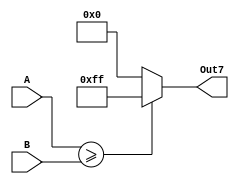
`timescale 1ns / 1ps

/*------------------------------------------------
 * Module:    Comparator
 -----------------------------------------------*/
 
 /************************************************ 
 // [INPUTS]
 // Operands:		A, B (8-bit)
 
 // [OUTPUTS]
 // Comparison:	Out7 (8-bit)
 ************************************************/

module Comparator(
	input [7:0] A, B,
	output reg [7:0] Out7
);

	always @(A or B)
	begin
		if (A >= B)
			Out7 <= 8'b11111111;
		else
			Out7 <= 8'b00000000;
	end
	
endmodule